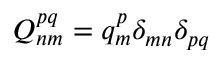
Q _ { n m } ^ { p q } = q _ { m } ^ { p } \delta _ { m n } \delta _ { p q }